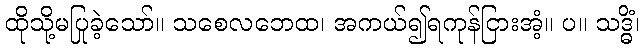
ထိုသို့မပြုခဲ့သော်။ သစေလဘေထ၊ အကယ်၍ရကုန်ငြားအံ့။ ပ။ သဒ္ဓိံ၊